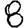
Digit: 8